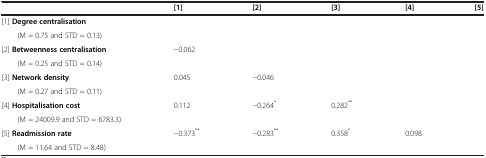
<table><thead><tr><td><b> </b></td><td><b>[1]</b></td><td><b>[2]</b></td><td><b>[3]</b></td><td><b>[4]</b></td><td><b>[5]</b></td></tr></thead><tbody><tr><td>[1] <b>Degree centralisation</b></td><td colspan="5"> </td></tr><tr><td>(M = 0.75 and STD = 0.13)</td><td colspan="5"> </td></tr><tr><td>[2] <b>Betweenness centralisation</b></td><td>−0.062</td><td> </td><td> </td><td> </td><td> </td></tr><tr><td>(M = 0.25 and STD = 0.14)</td><td colspan="5"> </td></tr><tr><td>[3] <b>Network density</b></td><td>0.045</td><td>−0.046</td><td> </td><td> </td><td> </td></tr><tr><td>(M = 0.27 and STD = 0.11)</td><td colspan="5"> </td></tr><tr><td>[4] <b>Hospitalisation cost</b></td><td>0.112</td><td>−0.264<sup>*</sup></td><td>0.282<sup>**</sup></td><td> </td><td> </td></tr><tr><td>(M = 24009.9 and STD = 6783.3)</td><td colspan="5"> </td></tr><tr><td>[5] <b>Readmission rate</b></td><td>−0.373<sup>**</sup></td><td>−0.283<sup>**</sup></td><td>0.358<sup>*</sup></td><td>0.098</td><td> </td></tr><tr><td>(M = 11.64 and STD = 8.48)</td><td colspan="5"> </td></tr></tbody></table>